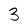
Character: 3